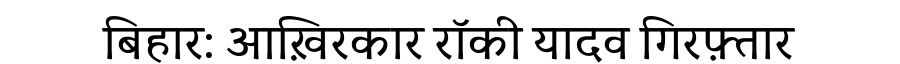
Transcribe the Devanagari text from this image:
बिहार: आख़िरकार रॉकी यादव गिरफ़्तार